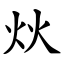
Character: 炏